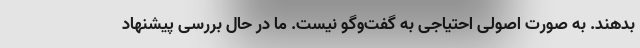
بدهند. به صورت اصولی احتیاجی به گفت‌وگو نیست. ما در حال بررسی پیشنهاد